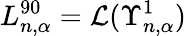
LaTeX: L_{n,\alpha}^{90}=\mathcal{L}(\Upsilon_{n,\alpha}^{1})